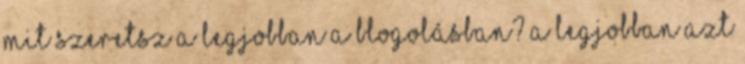
Mit szeretsz a legjobban a blogolásban? A legjobban azt